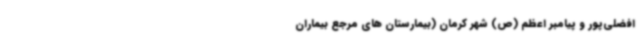
افضلی‌پور و پیامبر اعظم (ص) شهر کرمان (بیمارستان های مرجع بیماران